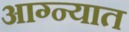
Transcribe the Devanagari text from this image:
आग्न्यात